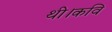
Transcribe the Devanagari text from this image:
थी।कवि